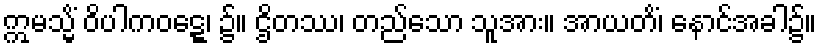
ဣမသ္မိံ ဝိပါကဝဋ္ဋေ၊ ၌။ ဌိတဿ၊ တည်သော သူအား။ အာယတိံ၊ နောင်အခါ၌။